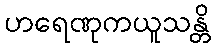
ဟရေဏုကယူသန္တိ